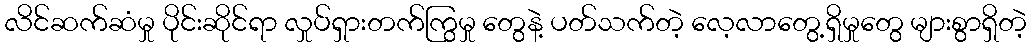
လိင်ဆက်ဆံမှု ပိုင်းဆိုင်ရာ လှုပ်ရှားတက်ကြွမှု တွေနဲ့ ပတ်သက်တဲ့ လေ့လာတွေ့ရှိမှုတွေ များစွာရှိတဲ့